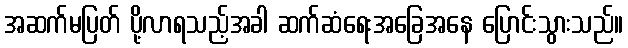
အဆက်မပြတ် ပို့လာရသည့်အခါ ဆက်ဆံရေးအခြေအနေ ပြောင်းသွားသည်။